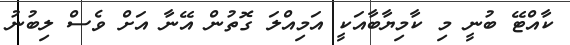
ކާއްޓޭ ބުނީ މި ކާމިޔާބާއަކީ އަމިއްލަ ގޮތުން އޭނާ އަށް ވެސް ލިބުނު